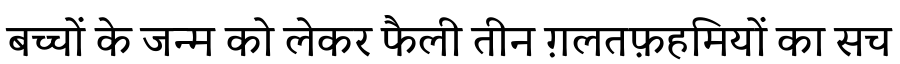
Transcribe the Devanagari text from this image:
बच्चों के जन्म को लेकर फैली तीन ग़लतफ़हमियों का सच